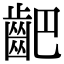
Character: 䶕